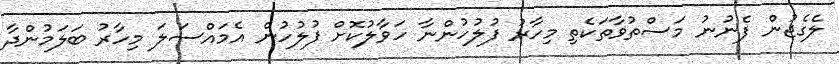
ލެގެޖުން ފެނުނު މަސްތުވާތަކެތި މިހާރު ފުލުހުންނާ ހަވާލުކޮށް ފުލުހުން އެމައްސަލަ މިހާރު ބަލަމުންދާ